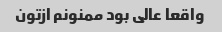
واقعا عالی بود ممنونم ازتون